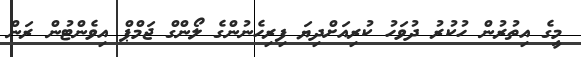
މީގެ އިތުރުން ހުކުރު ދުވަހު ކުރިއަށްދިޔަ ފިރިހެނުންގެ ލޯންގް ޖަމްޕް އިވެންޓުން ރަން